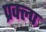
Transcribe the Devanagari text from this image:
प्रक्ल्प